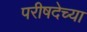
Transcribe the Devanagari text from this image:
परीषदेच्या